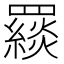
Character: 𦌪